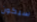
سيكون